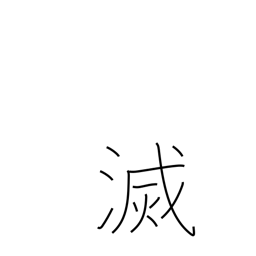
Meaning: perish